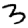
Digit: 3